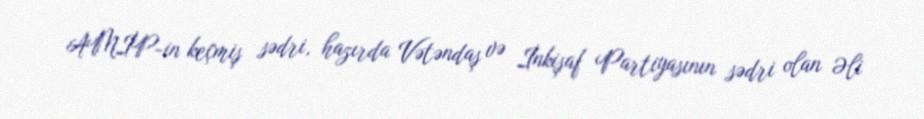
AMİP-in keçmiş sədri, hazırda Vətəndaş və İnkişaf Partiyasının sədri olan Əli